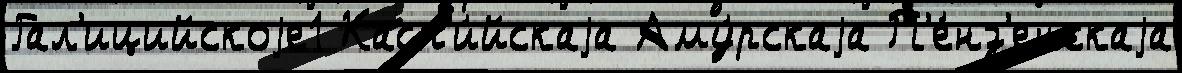
Гал'ицийскоjе1 Касп'и́йскаjа Аму́рскаjа П'е́нз'енскаjа